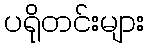
ပရိုတင်းများ